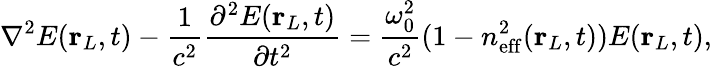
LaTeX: \nabla^{2}E(\mathbf{r}_{L},t)-\frac{1}{c^{2}}\frac{\partial^{2}E(\mathbf{r}_{L},t)}{\partial t^{2}}=\frac{\omega_{0}^{2}}{c^{2}}(1-n_{\mathrm{eff}}^{2}(\mathbf{r}_{L},t))E(\mathbf{r}_{L},t),